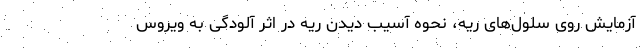
آزمایش روی سلول‌های ریه، نحوه آسیب دیدن ریه در اثر آلودگی به ویروس